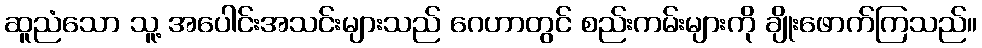
ဆူညံသော သူ့ အပေါင်းအသင်းများသည် ဂေဟာတွင် စည်းကမ်းများကို ချိုးဖောက်ကြသည်။